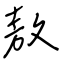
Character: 敖